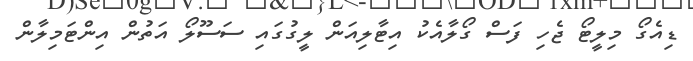
ޑިއެގޯ މިލީޓޯ ޖެހި ފަސް ގޯލާއެކު އިޓާލިއަން ލީގުގައި ސަސޫލޯ އަތުން އިންޓަމިލާން